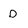
Character: D